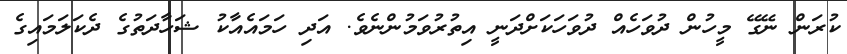
ކުރަން ނޭގޭ މީހުން ދުވަހެއް ދުވަހަކަށްދަނީ އިތުރުވަމުންނެވެ. އަދި ހަމައެއާކު ޝަހާދަތުގެ ދެކަލަމައިގެ